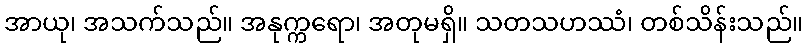
အာယု၊ အသက်သည်။ အနုက္ကရော၊ အတုမရှိ။ သတသဟဿံ၊ တစ်သိန်းသည်။